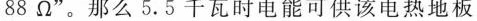
88Ω”。那么5.5千瓦时电能可供该电热地板